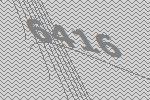
6416